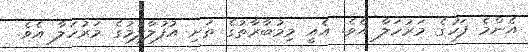
އެންމެ ފަހުގެ މަރުހަލާ އެވެ. އެއީ މިމުބާރާތުގެ ތަށި އުފުލާލުމުގެ މަރުހަލާ އެވެ.